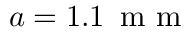
a = 1 . 1 \, \mathrm { ~ m ~ m ~ }